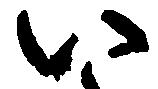
い